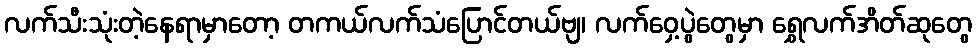
လက်သီးသုံးတဲ့နေရာမှာတော့ တကယ်လက်သံပြောင်တယ်ဗျ၊ လက်ဝှေ့ပွဲတွေမှာ ရွှေလက်အိတ်ဆုတွေ